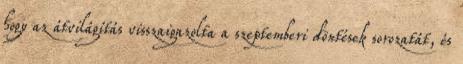
hogy az átvilágítás visszaigazolta a szeptemberi döntések sorozatát, és